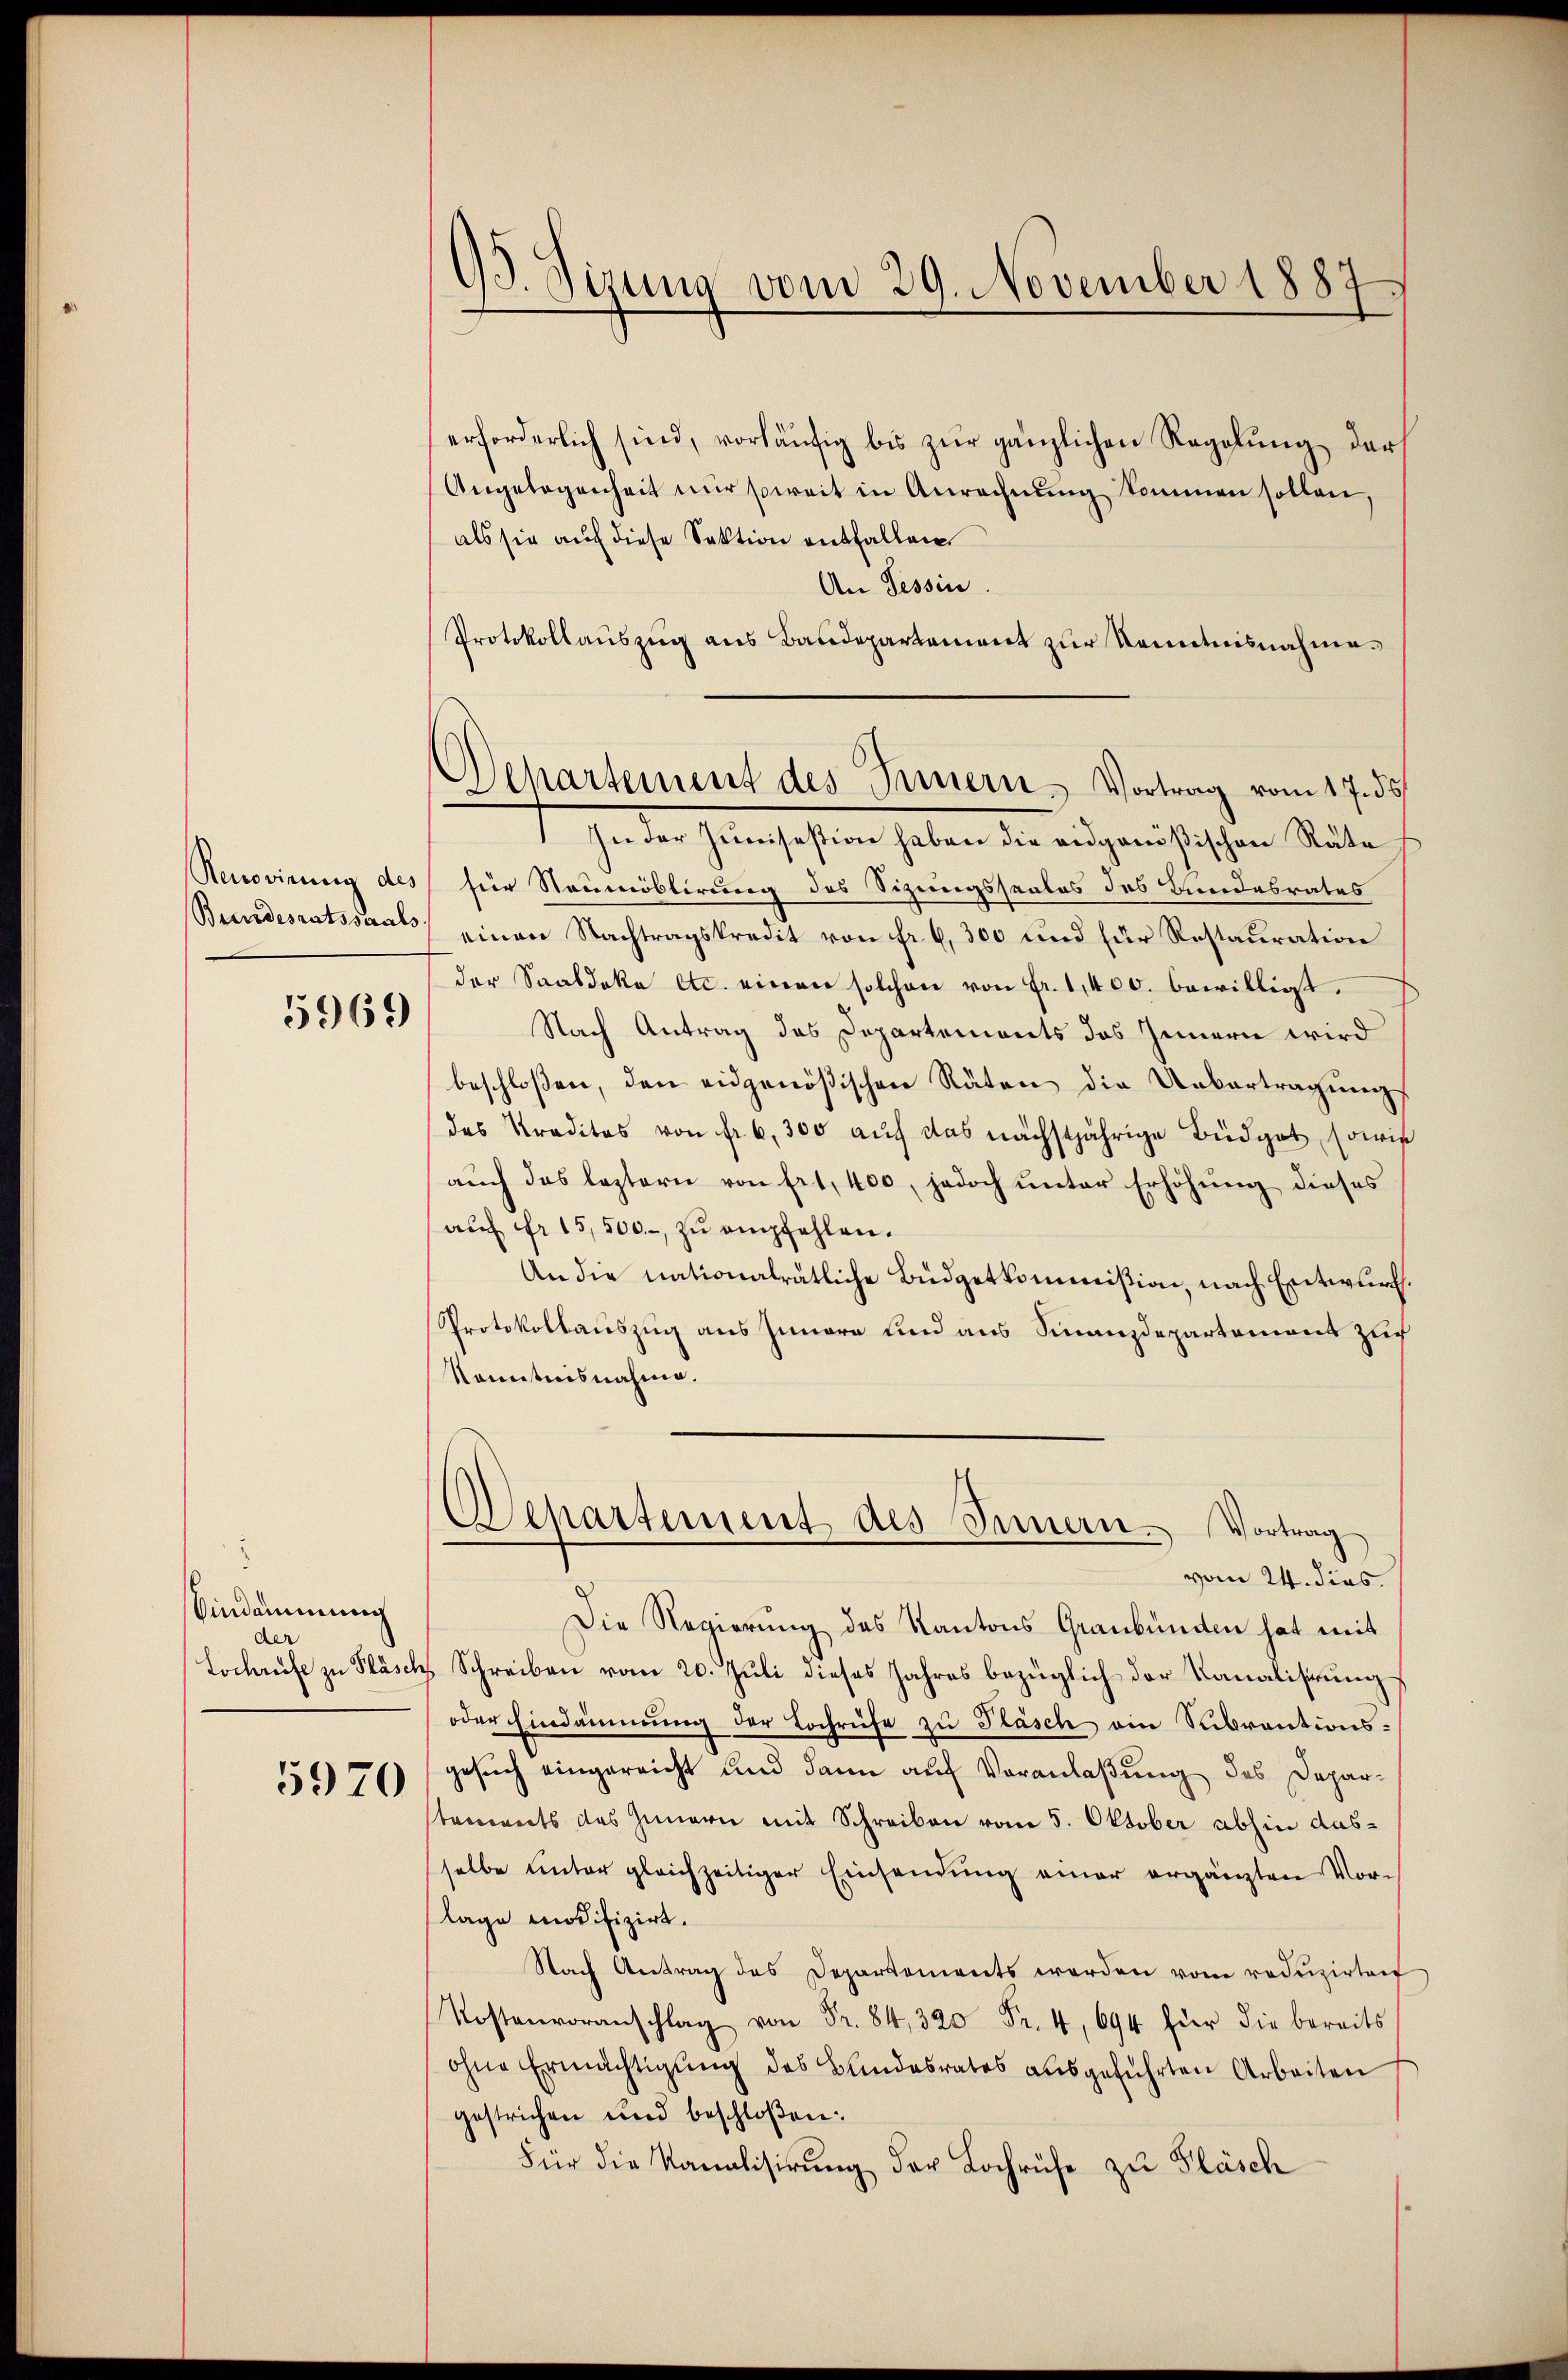
Beundesratssaals

5969

Eindammung
der

5970

93. Sizung vom 29. November 1887

Departement des Innern, Vortrag vom 17. ds.

erforderlich sind, vorläufig bis zur gänzlichen Regelung der
Angelegenheit nŭr soweit in Anrechnŭng kommen sollen,
als sie auf diese Sektion entfallen
An Tessin.
Protokollauszug aus Baudepartement zur Kenntnisnahme.
7. In der Geschaften haben der ausgenößischen Städte
Renovirung des für Neumöblirung des Sitzungssaales des Bundesrates
einen Nachtragskredit von fr. 6, 300 und für Restauration
der Saabdeke etc. einen solchen von Fr. 1,400. bewilligt.
Nach Antrag des Departements des Innern wird
beschloßen, den eidgenößischen Räten die Uebertragung
das Praditas von fr. 6, 300 aŭf das nächstjährige Büdget, sowie
auch das leztern von Art. 400, jedoch unter Erhöhung dieses
auf Fr. 15,500.-, zu empfehlen.
An die nationalrätliche Büdgetkommißion, nach Entwurf.
Protokollauszug aus Innere und aus Finanzdepartemont zu
Kenntnisnahme.
Departement des Innern. Vortrag
vom 24. dies
Die Regierung des Kantons Graubünden hat mit
Lochrufe zu Fläschs Schreiben vom 20. Juli dieses Jahres bezüglich der Kanalisirung
oder Eindämmung der Lochrüfe zu Fläsch ein Subventionsgesuch eingereicht und dann auf Veranlaßung des Deparstements des Innern mit Schreiben vom 5. Oktober abhin dasselbe unter gleichzeitiger Einsendung einer ergänzten Vorlage modifizirt.
Nach Antrag des Departements werden vom reduzirten
..
ohne Ermächtigung des Bundesrates aŭsgeführten Arbeiten
gestrichen wird beschloßen:
Für die Kanalisirung der Lochrüfe zu Fläsch